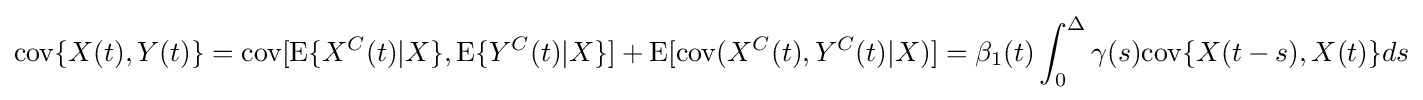
\mathrm {cov} \{X(t),Y(t)\}=\mathrm {cov} [\mathrm {E} \{X^{C}(t)|X\},\mathrm {E} \{Y^{C}(t)|X\}]+\mathrm {E} [\mathrm {cov} (X^{C}(t),Y^{C}(t)|X)]=\beta _{1}(t)\int _{0}^{\Delta }\gamma (s)\mathrm {cov} \{X(t-s),X(t)\}ds